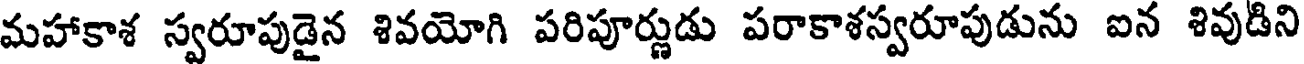
మహాకాశ స్వరూపుడైన శివయోగి పరిపూర్ణుడు పరాకాశస్వరూపుడును ఐన శివుడిని